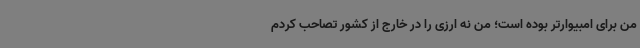
من برای امبیوارتر بوده است؛ من نه ارزی را در خارج از کشور تصاحب کردم